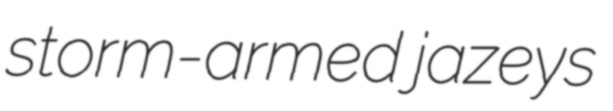
storm-armed jazeys